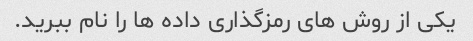
یکی از روش های رمزگذاری داده ها را نام ببرید.